Scottish Certificate of Education, 1963
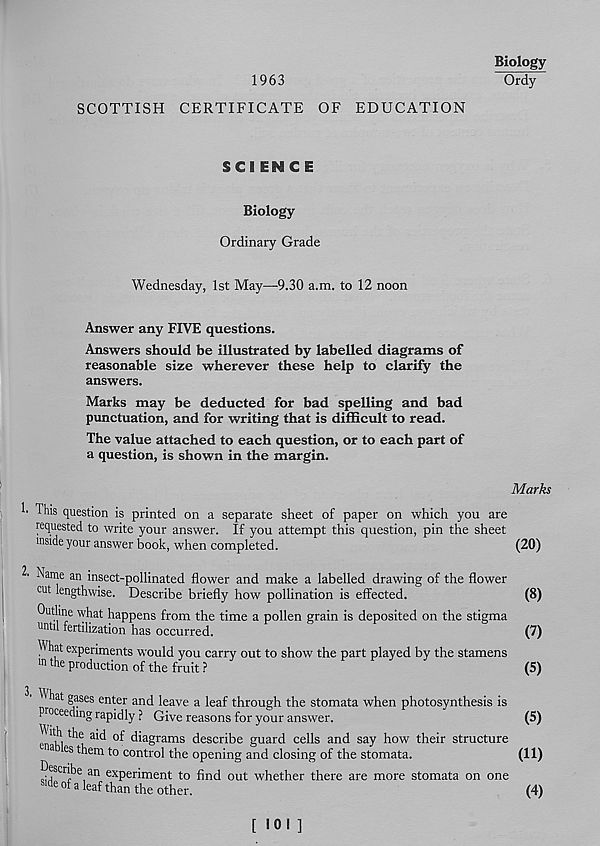
1963
SCOTTISH CERTIFICATE OF EDUCATION
Biology
Ordy
SCIENCE
Biology
Ordinary Grade
Wednesday, 1st May—-9.30 a.m. to 12 noon
Answer any FIVE questions.
Answers should be illustrated by labelled diagrams of
reasonable size wherever these help to clarify the
answers.
Marks may be deducted for bad spelling and bad
punctuation, and for writing that is difficult to read.
The value attached to each question, or to each part of
a question, is shown in the margin.
Marks
I. This question is printed on a separate sheet of paper on which you are
requested to write your answer. If you attempt this question, pin the sheet
inside your answer book, when completed.
(20)
2' Name an insect-pollinated flower and make a labelled drawing of the flower
cut lengthwise. Describe briefly how pollination is effected.
(8)
Outline what happens from the time a pollen grain is deposited on the stigma
until fertilization has occurred.
(7)
^ hat experiments would you carry out to show the part played by the stamens
m the production of the fruit ?
(5)
^ hat gases enter and leave a leaf through the stomata when photosynthesis is
proceeding rapidly ? Give reasons for your answer.
(5)
en*Kl
di a g rams describe guard cells and say how their structure
3 es t ‘ lein to control the opening and closing of the stomata.
(11)
Describe an experiment to find out whether there are more stomata on one
s ide of a leaf than the other.
(4)
[ 101 ]